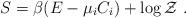
LaTeX: \begin{align*}S = \beta (E-\mu_{i}C_{i})+\log {\cal Z}\ . \end{align*}